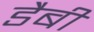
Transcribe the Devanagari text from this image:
डैबी